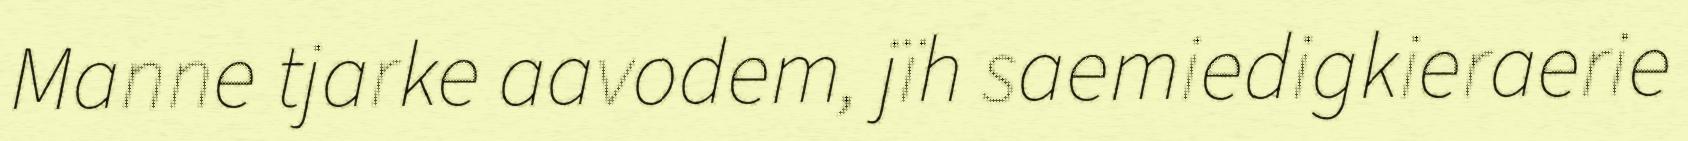
Manne tjarke aavodem, jïh saemiedigkieraerie